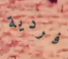
فردية